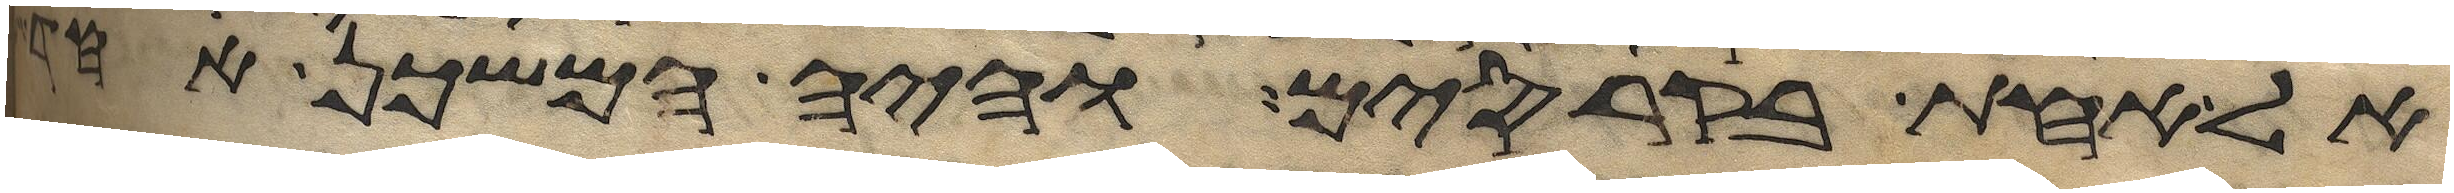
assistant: אל אחת בקרסים והיה המשכן אחד